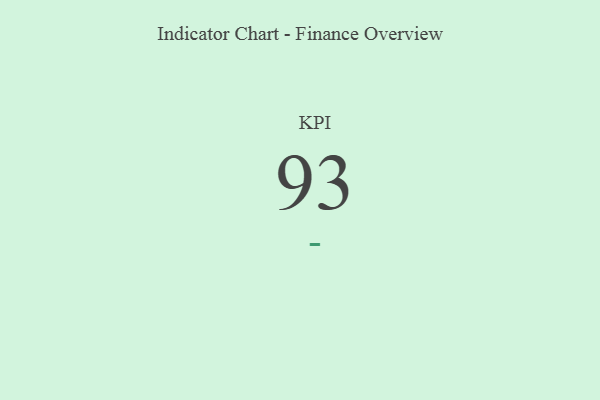
{"axis": {"x": "KPI", "y": "Value"}, "legend": [""], "data": [{"x": "KPI", "y": 93, "type": ""}]}